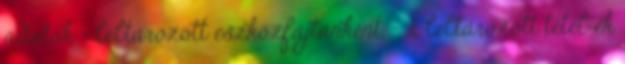
adatok - leltározott eszközfajtánként, - a leltározott tétel ek